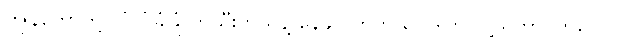
ကျွန်တော်တို့ လုံလုံခြုံခြုံ တသီးတသန့် နေချင်ကြတယ်။ ဒါက လူ့သဘာဝဘဲလေ။